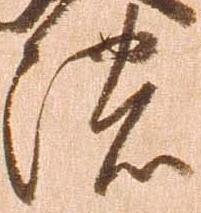
濃